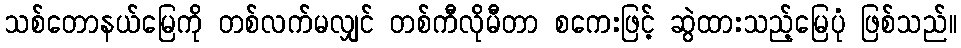
သစ်တောနယ်မြေကို တစ်လက်မလျှင် တစ်ကီလိုမီတာ စကေးဖြင့် ဆွဲထားသည့်မြေပုံ ဖြစ်သည်။